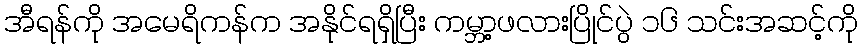
အီရန်ကို အမေရိကန်က အနိုင်ရရှိပြီး ကမ္ဘာ့ဖလားပြိုင်ပွဲ ၁၆ သင်းအဆင့်ကို